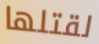
لقتلها